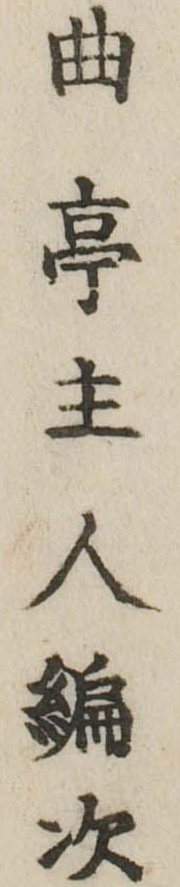
曲亭主人編次